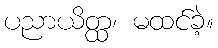
ပညာယိတ္ထ၊ မထင်ခဲ့။